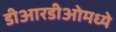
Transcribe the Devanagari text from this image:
डीआरडीओमध्ये